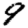
Digit: 9